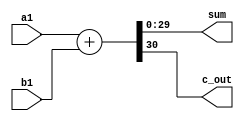
module Butterfly_Mult_Wallace_Adder(sum,c_out,a1,b1);
output[29:0] sum;
output c_out;
input[29:0] a1,b1;
assign{c_out,sum}=a1+b1;
endmodule